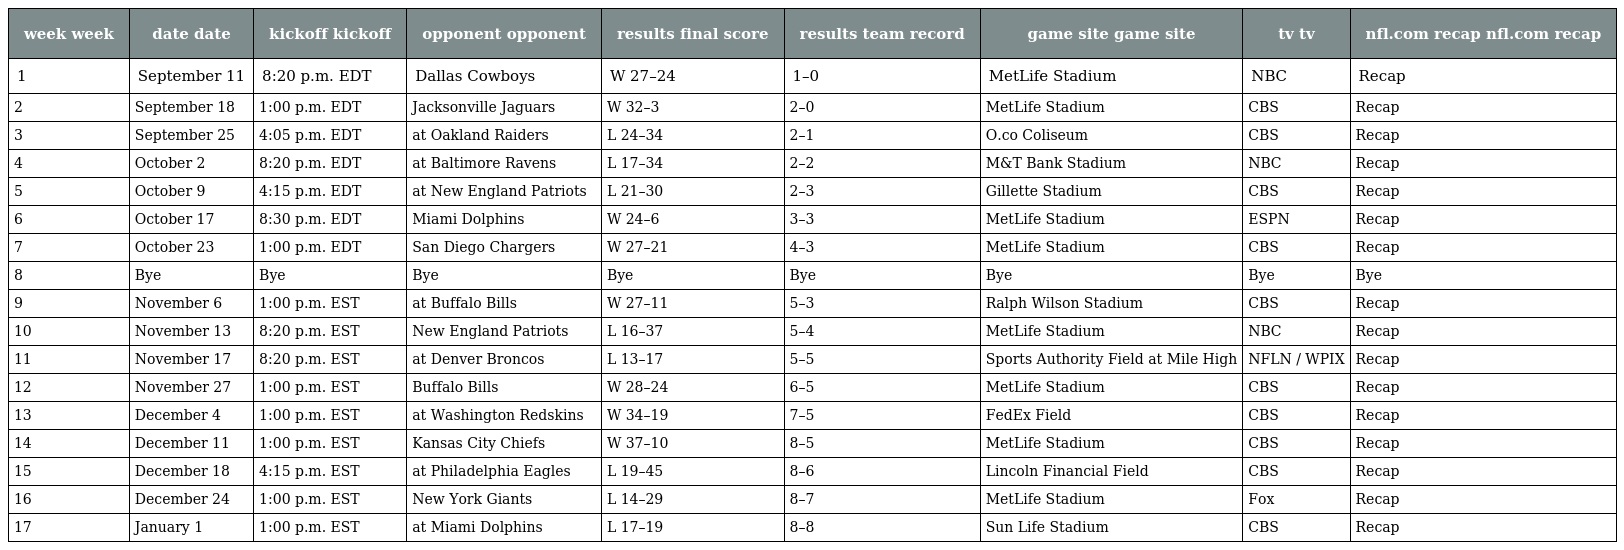
| week week | date date | kickoff kickoff | opponent opponent | results final score | results team record | game site game site | tv tv | nfl.com recap nfl.com recap |
 | --- | --- | --- | --- | --- | --- | --- | --- | --- |
 | 1 | September 11 | 8:20 p.m. EDT | Dallas Cowboys | W 27–24 | 1–0 | MetLife Stadium | NBC | Recap |
 | 2 | September 18 | 1:00 p.m. EDT | Jacksonville Jaguars | W 32–3 | 2–0 | MetLife Stadium | CBS | Recap |
 | 3 | September 25 | 4:05 p.m. EDT | at Oakland Raiders | L 24–34 | 2–1 | O.co Coliseum | CBS | Recap |
 | 4 | October 2 | 8:20 p.m. EDT | at Baltimore Ravens | L 17–34 | 2–2 | M&T Bank Stadium | NBC | Recap |
 | 5 | October 9 | 4:15 p.m. EDT | at New England Patriots | L 21–30 | 2–3 | Gillette Stadium | CBS | Recap |
 | 6 | October 17 | 8:30 p.m. EDT | Miami Dolphins | W 24–6 | 3–3 | MetLife Stadium | ESPN | Recap |
 | 7 | October 23 | 1:00 p.m. EDT | San Diego Chargers | W 27–21 | 4–3 | MetLife Stadium | CBS | Recap |
 | 8 | Bye | Bye | Bye | Bye | Bye | Bye | Bye | Bye |
 | 9 | November 6 | 1:00 p.m. EST | at Buffalo Bills | W 27–11 | 5–3 | Ralph Wilson Stadium | CBS | Recap |
 | 10 | November 13 | 8:20 p.m. EST | New England Patriots | L 16–37 | 5–4 | MetLife Stadium | NBC | Recap |
 | 11 | November 17 | 8:20 p.m. EST | at Denver Broncos | L 13–17 | 5–5 | Sports Authority Field at Mile High | NFLN / WPIX | Recap |
 | 12 | November 27 | 1:00 p.m. EST | Buffalo Bills | W 28–24 | 6–5 | MetLife Stadium | CBS | Recap |
 | 13 | December 4 | 1:00 p.m. EST | at Washington Redskins | W 34–19 | 7–5 | FedEx Field | CBS | Recap |
 | 14 | December 11 | 1:00 p.m. EST | Kansas City Chiefs | W 37–10 | 8–5 | MetLife Stadium | CBS | Recap |
 | 15 | December 18 | 4:15 p.m. EST | at Philadelphia Eagles | L 19–45 | 8–6 | Lincoln Financial Field | CBS | Recap |
 | 16 | December 24 | 1:00 p.m. EST | New York Giants | L 14–29 | 8–7 | MetLife Stadium | Fox | Recap |
 | 17 | January 1 | 1:00 p.m. EST | at Miami Dolphins | L 17–19 | 8–8 | Sun Life Stadium | CBS | Recap |